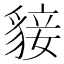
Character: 𧳛